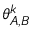
\theta _ { A , B } ^ { k }